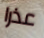
عذرا